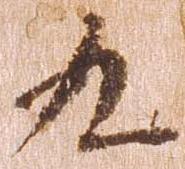
九